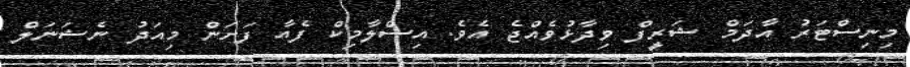
މިނިސްޓަރު އާދަމް ޝަރީފް ވިދާޅުވެއްޖެ އެވެ. އިސްލާމިކް ފެއާ ފަށަން މިއަދު ނެޝަނަލް